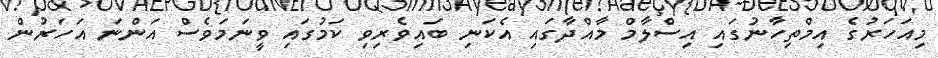
މިއަހަރުގެ އިމްތިހާނުގައި އިސްލާމް މާއްދާގައި އެކަނި ބައިވެރިވި ކަމުގައި ވީނަމަވެސް އަންނަ އަހަރުން